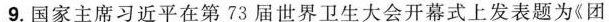
9.国家主席习近平在第73届世界卫生大会开幕式上发表题为《团